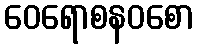
ဝေရောစနဝစော